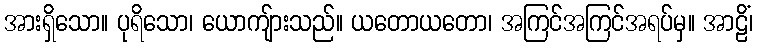
အားရှိသော။ ပုရိသော၊ ယောကျ်ားသည်။ ယတောယတော၊ အကြင်အကြင်အရပ်မှ။ အာဠိံ၊